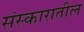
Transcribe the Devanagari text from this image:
संस्कारातील